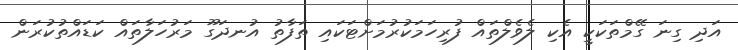
އަދި ގިނަ ގޭމްތަކަކީ އެކި ލެވެލްތައް ފުރިހަމަކުރުމަށްޓަކައި ތަފާތު އުނދަގޫ މަރުހަލާތައް ކަޑައްތުކުރަން